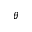
\theta